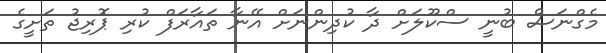
މެގްނަސް ބުނީ ސްކޫލަށް ދާ ކުދިންނަށް އޭނާ ތައާރަފް ކުރި ޕޮރިޖު ތަށީގެ